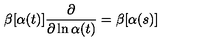
\beta [ \alpha ( t ) ] \frac { \partial } { \partial \ln \alpha ( t ) } = \beta [ \alpha ( s ) ]